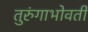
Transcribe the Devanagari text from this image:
तुरुंगाभोवती